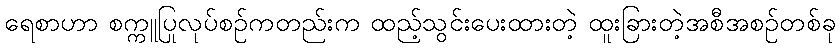
ရေစာဟာ စက္ကူပြုလုပ်စဉ်ကတည်းက ထည့်သွင်းပေးထားတဲ့ ထူးခြားတဲ့အစီအစဉ်တစ်ခု